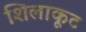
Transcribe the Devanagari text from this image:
शिलाकूट